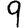
Digit: 9